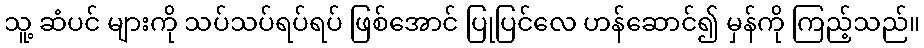
သူ့ ဆံပင် များကို သပ်သပ်ရပ်ရပ် ဖြစ်အောင် ပြုပြင်လေ ဟန်ဆောင်၍ မှန်ကို ကြည့်သည်။